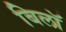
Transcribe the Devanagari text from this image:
बिलॉ